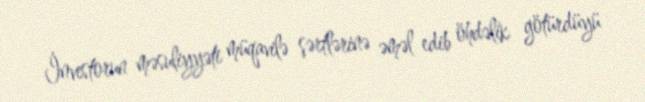
İnvestorun məsuliyyəti müqavilə şərtlərinə əməl edib öhdəlik götürdüyü